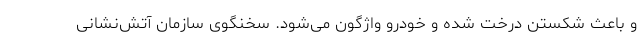
و باعث شکستن درخت شده و خودرو واژگون می‌شود. سخنگوی سازمان آتش‌نشانی